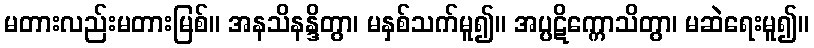
မတားလည်းမတားမြစ်။ အနသိနန္ဒိတွာ၊ မနှစ်သက်မူ၍။ အပ္ပဋိက္ကောသိတွာ၊ မဆဲရေးမူ၍။